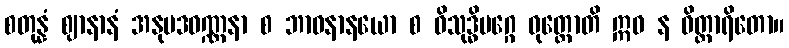
စတုန္နံ ဈာနာနံ အနုပဒဝဏ္ဏနာ စ ဘာဝနာနယော စ ဝိသုဒ္ဓိမဂ္ဂေ ဝုတ္တောတိ ဣဓ န ဝိတ္ထာရိတော။